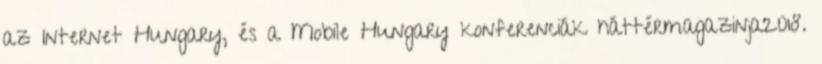
az Internet Hungary, és a Mobile Hungary konferenciák háttérmagazinja2018.